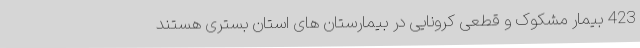
423 بیمار مشکوک و قطعی کرونایی در بیمارستان های استان بستری هستند